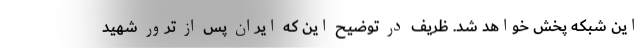
این شبکه پخش خواهد شد. ظریف در توضیح این که ایران پس از ترور شهید